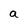
Character: a